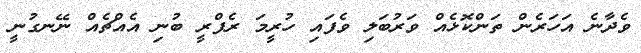
ވެދާނެ އަހަރެން ތަންކޮޅެއް ވަރުބަލި ވެފައި ހުރީމަ ރެފްރީ ބުނި އެއްޗެއް ނޭނގުނީ